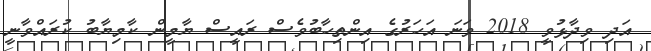
އަދި ވިދާޅުވީ 2018 ވަނަ އަހަރުގެ އިންތިހާބުވެސް ރައީސް ޔާމީން ކާމިޔާބު ކުރައްވާނީ